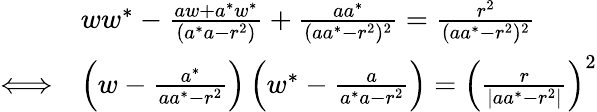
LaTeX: {\begin{array}{rl}&{ww^{*}-{\frac{aw+a^{*}w^{*}}{(a^{*}a-r^{2})}}+{\frac{aa^{*}}{(aa^{*}-r^{2})^{2}}}={\frac{r^{2}}{(aa^{*}-r^{2})^{2}}}}\\ {\Longleftrightarrow}&{\left(w-{\frac{a^{*}}{aa^{*}-r^{2}}}\right)\left(w^{*}-{\frac{a}{a^{*}a-r^{2}}}\right)=\left({\frac{r}{\left|aa^{*}-r^{2}\right|}}\right)^{2}}\end{array}}